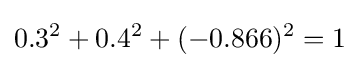
0.3^{2}+0.4^{2}+(-0.866)^{2}=1